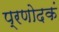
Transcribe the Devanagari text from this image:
प्रणोदकं